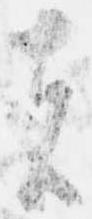
者